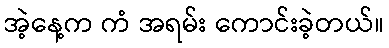
အဲ့နေ့က ကံ အရမ်း ကောင်းခဲ့တယ်။